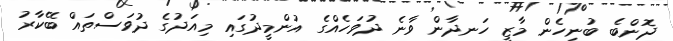
ދޮންބެ ބުނިހެން މާޒީ ހަނދާން ވާނެ ދުވަހެއްގެ އުންމީދުގައި މިއަދުގެ ދުވަސްތައް ބޭކާރު